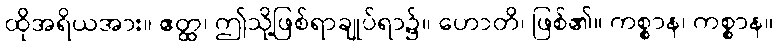
ထိုအရိယအား။ ဧတ္ထ၊ ဤသို့ဖြစ်ရာချုပ်ရာ၌။ ဟောတိ၊ ဖြစ်၏။ ကစ္စာန၊ ကစ္စာန။